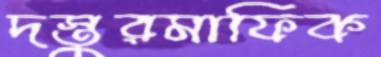
দস্তুরমাফিক